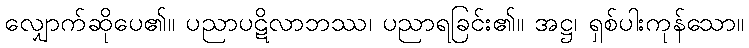
လျှောက်ဆိုပေ၏။ ပညာပဋိလာဘဿ၊ ပညာရခြင်း၏။ အဋ္ဌ၊ ရှစ်ပါးကုန်သော။